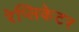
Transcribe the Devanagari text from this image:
रेप्लिकेटर